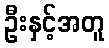
ဦးနှင့်အတူ